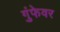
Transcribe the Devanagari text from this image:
गुंफेवर